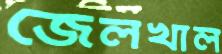
জেলখাল